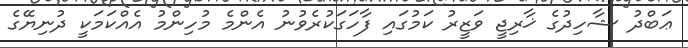
ޢަބްދު ޝާހިދުގެ ޚާރިޖީ ވަޒީރު ކަމުގައި ފާހަގަކުރެވުނު އެންމެ މުހިންމު އެއްކަމަކީ ދުނިޔޭގެ